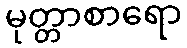
မုတ္တာစာရော